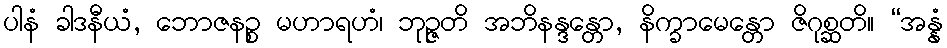
ပါနံ ခါဒနီယံ, ဘောဇနဉ္စ မဟာရဟံ၊ ဘုဉ္ဇတိ အဘိနန္ဒန္တော, နိက္ခာမေန္တော ဇိဂုစ္ဆတိ။ “အန္နံ